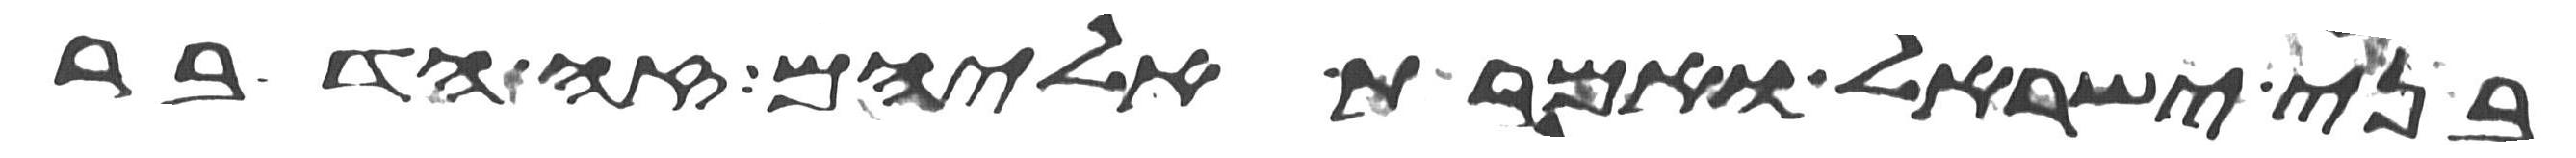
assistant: בני ישראל ואמרת אליהם זה הדבר